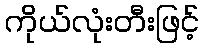
ကိုယ်လုံးတီးဖြင့်